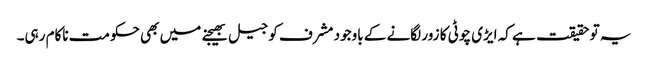
یہ تو حقیقت ہے کہ ایڑی چوٹی کا زور لگانے کے باوجود مشرف کو جیل بھیجنے میں بھی حکومت ناکام رہی۔